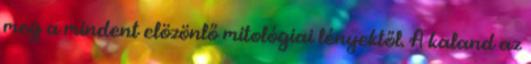
meg a mindent elözönlő mitológiai lényektől. A kaland az